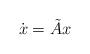
LaTeX: \begin{align*}\dot{x} = \tilde{A}x\end{align*}